Veterinary regulations India, 1925 -
Year: 1925
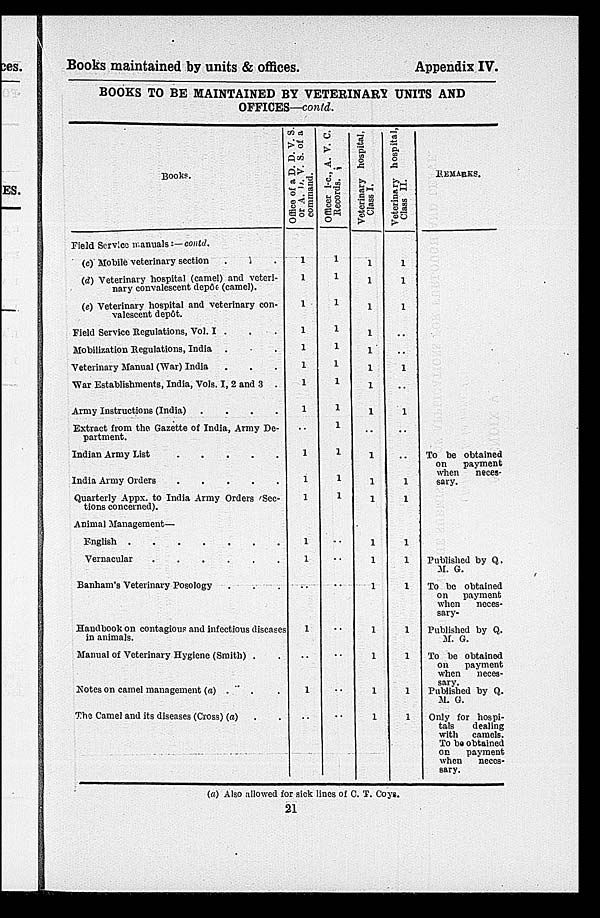
Books maintained by units & offices.
Appendix IV.
BOOKS TO BE MAINTAINED BY VETERINARY UNITS AND
OFFICES—contd.
Books.
Field Service manuals:— contd.
(c) Mobile veterinary section . . .
(d) Veterinary hospital (camel) and veteri-
nary convalescent depôt (camel).
(e) Veterinary hospital and veterinary con-
valescent depôt.
Field Service Regulations, Vol. I . . .
Mobilization Regulations, India . . .
Veterinary Manual (War) India . . .
War Establishments, India, Vols. 1, 2 and 3 .
Army Instructions (India) .
.
.
.
Extract from the Gazette of India, Army De-
partment.
Indian Army Link . . . .
India Army Orders . . . .
Quarterly Appx. to India Army Orders (Sec-
tions concerned).
Animal Management—
English . . . . . .
Vernacular . . . . . .
Banham's Veterinary Posology . . . .
Handbook on contagious and infectious diseases
in animals.
Manual of Veterinary Hygiene (Smith) . .
Notes on camel management (a) . . .
The Camel and its diseases (Cross) (a) . .
Office of a D. D. V. S.
or A. D. V. S. of a
command.
1
1
1
1
1
1
1
1
..
1
1
1
1
1
..
1
..
1
..
Officer i-c.,
A. V. C.
Records.
1
1
1
1
1
1
1
1
1
1
1
1
..
..
..
..
..
..
..
Veterinary hospital,
Class I.
1
1
1
1
1
1
1
1
..
1
1
1
1
1
1
1
1
1
1
Veterinary hospital,
Class II.
1
1
1
..
..
1
..
1
..
..
1
1
1
1
1
1
1
1
1
REMARKS.
To be obtained
on
payment
when
neces-
sary.
Published by Q.
M. G.
To be obtained
on
payment
when
neces-
sary-
Published by Q.
M. G.
To be obtained
on
payment
when neces-
sary.
Published by Q.
M. G.
Only for hospi-
tals
dealing
with camels.
To be obtained
on
payment
when
neces-
sary.
(a) Also allowed for sick lines of C. T. Coys.
21